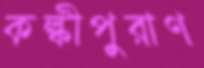
কল্কীপুরাণ